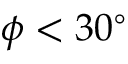
\phi < 3 0 ^ { \circ }